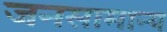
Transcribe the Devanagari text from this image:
जनसामान्‍य